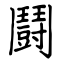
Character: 鬪